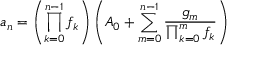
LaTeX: a _ { n } = \left( \prod _ { k = 0 } ^ { n - 1 } f _ { k } \right) \left( A _ { 0 } + \sum _ { m = 0 } ^ { n - 1 } { \frac { g _ { m } } { \prod _ { k = 0 } ^ { m } f _ { k } } } \right)